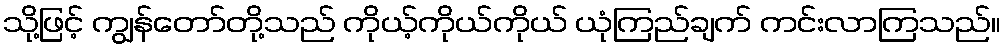
သို့ဖြင့် ကျွန်တော်တို့သည် ကိုယ့်ကိုယ်ကိုယ် ယုံကြည်ချက် ကင်းလာကြသည်။